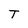
Character: T